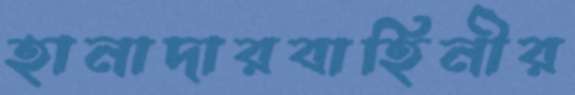
হানাদারবাহিনীর